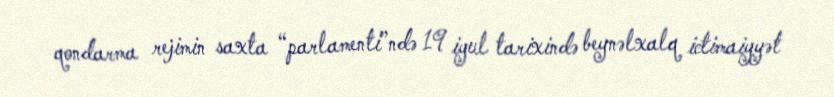
qondarma rejimin saxta “parlamenti”ndə 19 iyul tarixində beynəlxalq ictimaiyyət